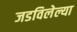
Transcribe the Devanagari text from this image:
जडविलेल्या